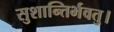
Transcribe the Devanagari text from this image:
सुशान्तिर्भवतु।